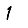
Digit: 1